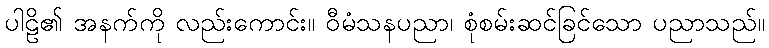
ပါဠိ၏ အနက်ကို လည်းကောင်း။ ဝီမံသနပညာ၊ စုံစမ်းဆင်ခြင်သော ပညာသည်။